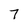
Character: 7